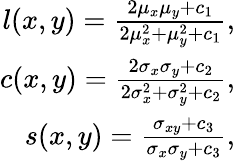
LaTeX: \begin{array}{r}{l(x,y)=\frac{2\mu_{x}\mu_{y}+c_{1}}{2\mu_{x}^{2}+\mu_{y}^{2}+c_{1}},}\\ {c(x,y)=\frac{2\sigma_{x}\sigma_{y}+c_{2}}{2\sigma_{x}^{2}+\sigma_{y}^{2}+c_{2}},}\\ {s(x,y)=\frac{\sigma_{xy}+c_{3}}{\sigma_{x}\sigma_{y}+c_{3}},}\end{array}